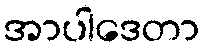
အာပါဒေတာ